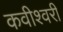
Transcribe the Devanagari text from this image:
कवीश्वरी